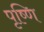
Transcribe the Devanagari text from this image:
पृष्णि